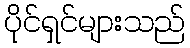
ပိုင်ရှင်များသည်